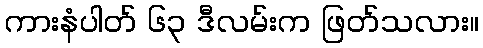
ကားနံပါတ် ၆၃ ဒီလမ်းက ဖြတ်သလား။